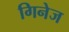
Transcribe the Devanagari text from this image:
गिनेज